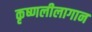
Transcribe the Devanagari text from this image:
कृष्णलीलागान